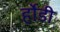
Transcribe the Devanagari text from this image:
र्होडी